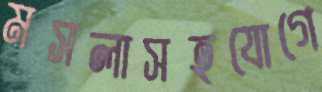
মসলাসহযোগে